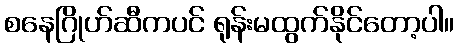
စနေဂြိုဟ်ဆီကပင် ရုန်းမထွက်နိုင်တော့ပါ။